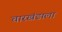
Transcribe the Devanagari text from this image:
चारखंडाला